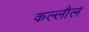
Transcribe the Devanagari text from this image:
कल्लौल